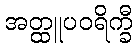
အတ္ထူပဝရိက္ခီ